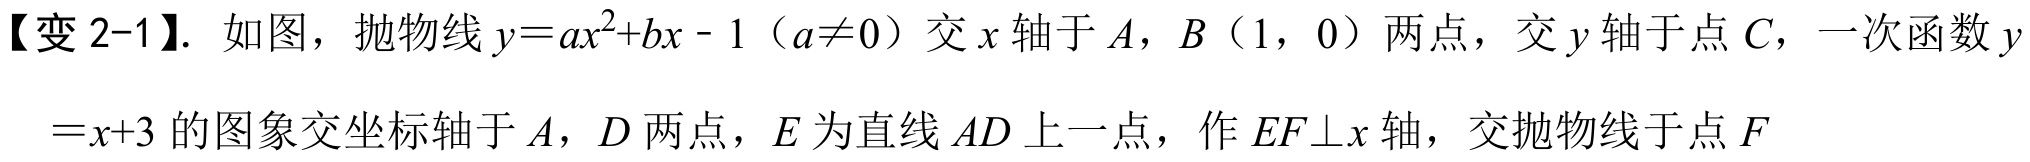
【变 2-1】. 如图，抛物线 \(y = ax^{2}+bx - 1\)（\(a\neq0\)）交 \(x\) 轴于 \(A\)，\(B\)（\(1\)，\(0\)）两点，交 \(y\) 轴于点 \(C\)，一次函数 \(y\)
\(=x + 3\) 的图象交坐标轴于 \(A\)，\(D\) 两点，\(E\) 为直线 \(AD\) 上一点，作 \(EF\perp x\) 轴，交抛物线于点 \(F\)